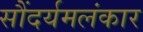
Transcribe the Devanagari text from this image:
सौंदर्यमलंकार